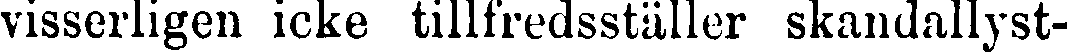
visserligen icke tillfredsställer skandallyst-